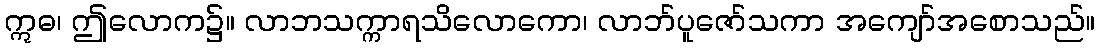
ဣဓ၊ ဤလောက၌။ လာဘသက္ကာရသိလောကော၊ လာဘ်ပူဇော်သကာ အကျော်အစောသည်။